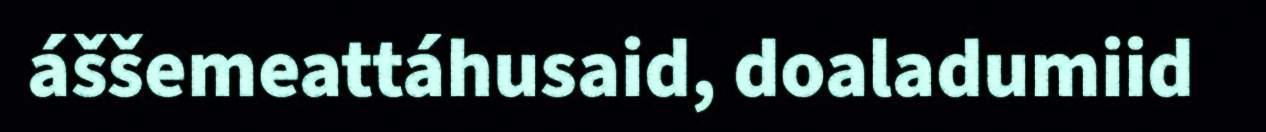
áššemeattáhusaid, doaladumiid